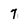
Character: 7